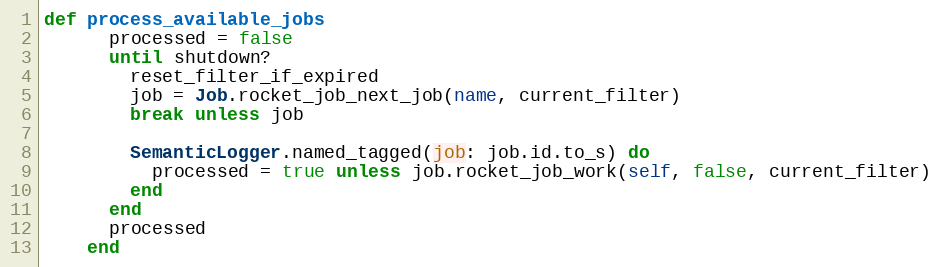
Language: Ruby
def process_available_jobs
      processed = false
      until shutdown?
        reset_filter_if_expired
        job = Job.rocket_job_next_job(name, current_filter)
        break unless job

        SemanticLogger.named_tagged(job: job.id.to_s) do
          processed = true unless job.rocket_job_work(self, false, current_filter)
        end
      end
      processed
    end